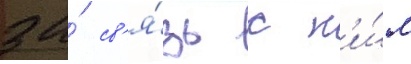
за́ св'я́зь с н'и́м